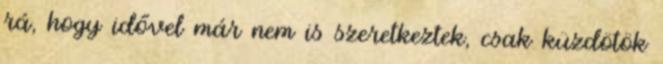
rá, hogy idővel már nem is szeretkeztek, csak küzdötök